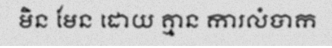
មិន មែន ដោយ គ្មាន ការលំបាក